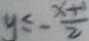
y \leq - \frac { x + 1 } { 2 }